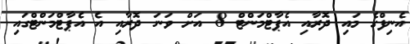
އެނިފްގެ މައި ދޮރާއި އެޕާޓްމަންޓް 8 އަށް ވަނަ ދޮރާއި އެ އެޕާޓްމަންޓްގައި